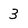
Character: 3